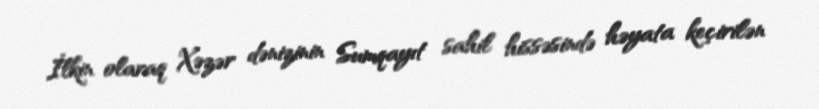
İlkin olaraq Xəzər dənizinin Sumqayıt sahil hissəsində həyata keçirilən